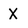
Character: X